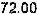
72.00